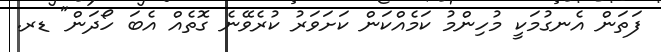
ފަތަން އެނގުމަކީ މުހިންމު ކަމެއްކަން ކަށަވަރު ކުރެވޭނެ ގޮތެއް އެބަ ހޯދަން" ޑރ.